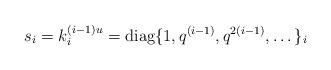
LaTeX: \begin{align*}s_i = k_i^{(i-1)u} = {\rm diag}\{1,q^{(i-1)},q^{2(i-1)},\dots\}_i\end{align*}